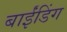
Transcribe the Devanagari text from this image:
बाईंडिंग